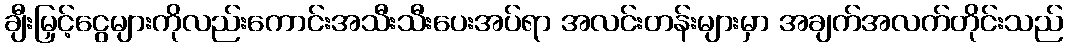
ချီးမြှင့်ငွေများကိုလည်းကောင်းအသီးသီးပေးအပ်ရာ အလင်းတန်းများမှာ အချက်အလက်တိုင်းသည်